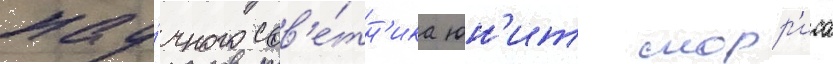
нау́чного сов'е́тн'ика юн'ит морр'иса